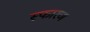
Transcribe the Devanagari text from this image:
स्फारण